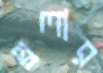
থ্রলার